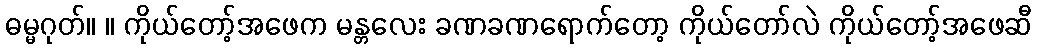
ဓမ္မဂုတ်။ ။ ကိုယ်တော့်အဖေက မန္တလေး ခဏခဏရောက်တော့ ကိုယ်တော်လဲ ကိုယ်တော့်အဖေဆီ